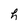
Character: h